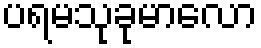
ပရမသုခုမာလော